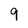
Character: 9